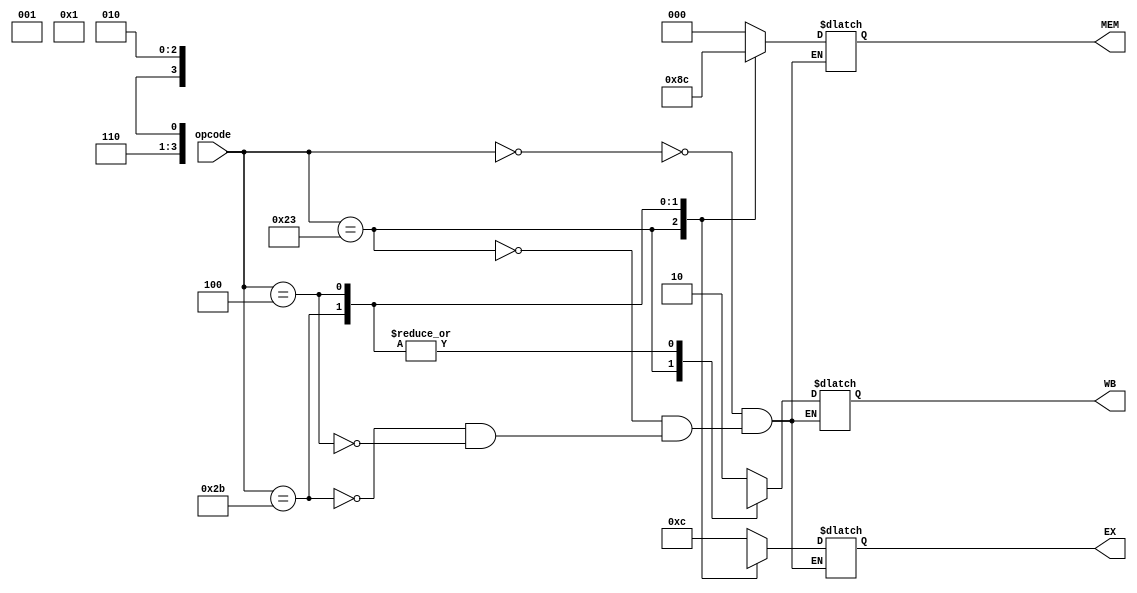
`timescale 1ns / 1ps
//////////////////////////////////////////////////////////////////////////////////
// 
// Module Name:    control_bit 
//
//////////////////////////////////////////////////////////////////////////////////
module control_bit(input[5:0] opcode, output reg[3:0] EX, output reg[2:0] MEM, output reg[1:0] WB
    );
	 

	 
parameter R_type = 6'b000000;
parameter lw =6'b100011;
parameter sw =6'b101011;
parameter  beq= 6'b000100;
always @*
case (opcode)
R_type: begin
		  EX = 4'b1100;
		  MEM = 3'b000;
        WB = 2'b10;
		  end
lw:     begin
		  EX = 4'b0001;
		  MEM =3'b010;
		  WB = 2'b11;
		  end
sw:     begin
		  EX = 4'bx001;
		  MEM =3'b001;
		  WB = 2'b0x;
		  end
		  
beq:    begin 
		  EX = 4'bx010;
		  MEM =3'b100;
		  WB = 2'b0x;
		  end
default: $display("Not available instruction");
endcase

endmodule